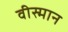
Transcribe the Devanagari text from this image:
वीस्मान